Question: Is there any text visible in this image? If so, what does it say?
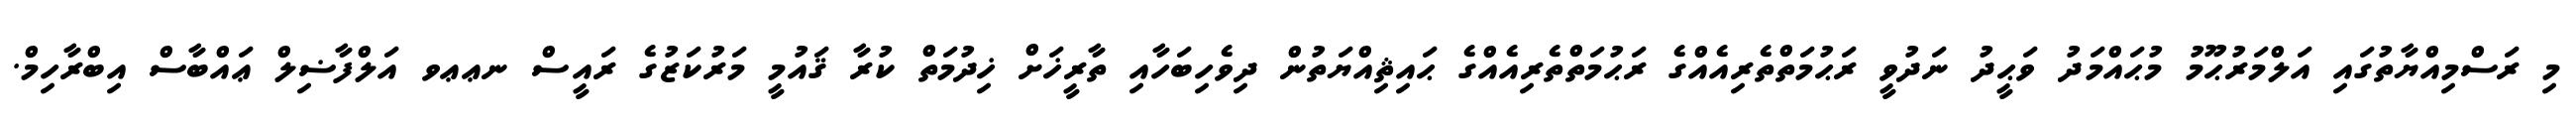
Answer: މި ރަސްމިއްޔާތުގައި އަލްމަރުޙޫމު މުޙައްމަދު ވަޙީދު ނަދުވީ ރަޙުމަތްތެރިއެއްގެ ރަޙުމަތްތެރިއެއްގެ ޙައިޘިއްޔަތުން ދިވެހިބަހާއި ތާރީޚަށް ޚިދުމަތް ކުރާ ޤައުމީ މަރުކަޒުގެ ރައީސް ނޢޢވ އަލްފާޟިލް ޢައްބާސް އިބްރާހިމް.